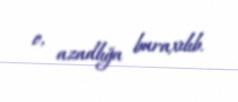
o, azadlığa buraxılıb.